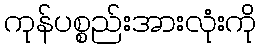
ကုန်ပစ္စည်းအားလုံးကို